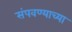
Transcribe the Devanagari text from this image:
संपवण्याच्या